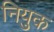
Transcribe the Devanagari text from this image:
नियुक